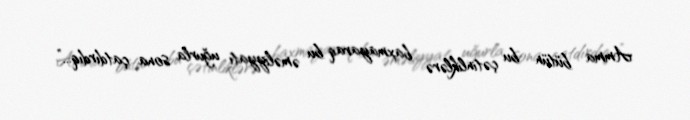
Amma bütün bu çətinliklərə baxmayaraq bu əməliyyatı uğurla sona çatdırdıq...”